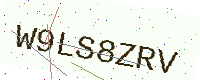
Text: W9LS8ZRV